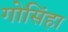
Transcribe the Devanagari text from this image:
गोसिंहा